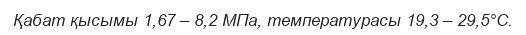
Қабат қысымы 1,67 – 8,2 МПа, температурасы 19,3 – 29,5°С.